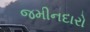
જમીનદારો